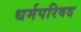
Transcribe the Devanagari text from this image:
धर्मपरिषद